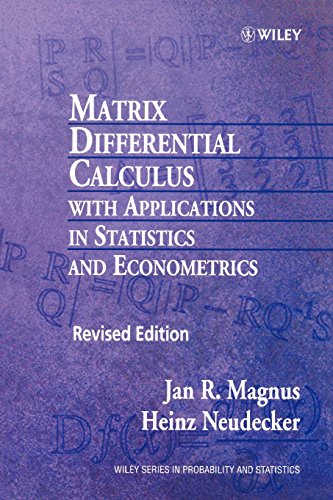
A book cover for Matrix Differential Calculus with Applications in Statistics and Econometrics, 2nd Edition; Jan R. Magnus; Science & Math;